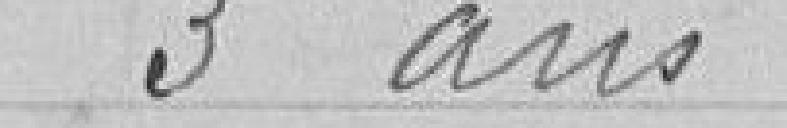
3 ans